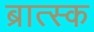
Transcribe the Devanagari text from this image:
ब्रात्स्क